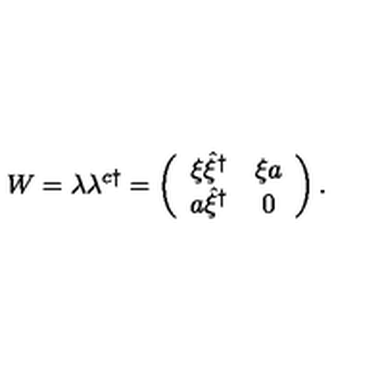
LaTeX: W = \lambda \lambda ^ { c \dag } = \left( \begin{array} { c c } { \xi \hat { \xi } ^ { \dag } } & { \xi a } \\ { a \hat { \xi } ^ { \dag } } & { 0 } \\ \end{array} \right) .